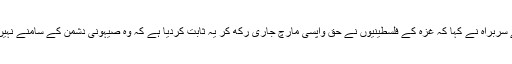
حزب اللہ کے سربراہ نے کہا کہ غزہ کے فلسطینیوں نے حق واپسی مارچ جاری رکھ کر یہ ثابت کردیا ہے کہ وہ صیہونی دشمن کے سامنے نہیں جھکیں گے۔